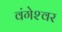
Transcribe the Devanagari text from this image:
वंगेश्‍वर